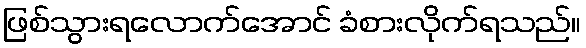
ဖြစ်သွားရလောက်အောင် ခံစားလိုက်ရသည်။